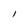
Character: l